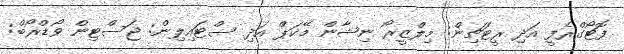
ފޮޓޯގްރެފީ އަދި ރީޓަޗިން: މިލްޒީރޯ ނިޝާން މޭކަޕް އަދި ސްޓައިލިން: ޖަސްޓިން ވޯޑްރޯބް: